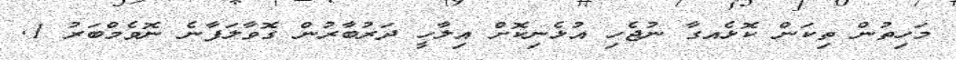
މަހިތުން ތިކަން ކޮޅެއގާ ނުޖެހި އުޅެނިކޮށް އިލާހީ ދަރުބާރުން ގޮވާލަފާނެ ނޮވެމްބަރު 1